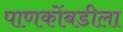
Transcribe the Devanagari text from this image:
पाणकोंबडीला